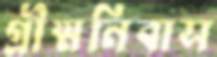
গ্রীষ্মনিবাস